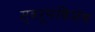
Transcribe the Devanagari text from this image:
स्वरूपविशेष